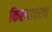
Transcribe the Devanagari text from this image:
किल्यावरच